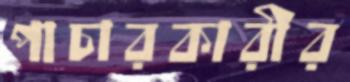
পাচারকারীর